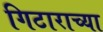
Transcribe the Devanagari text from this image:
गिटाराच्या